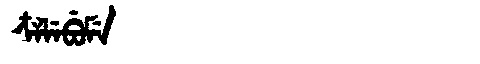
Manchu: ᠴᠶᠯᡝᠪᡠᠮᡝ
Romanization: CYLEBUME